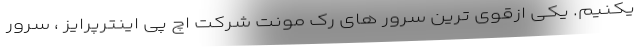
یکنیم. یکی ازقوی ترین سرور های رک مونت شرکت اچ پی اینترپرایز ، سرور